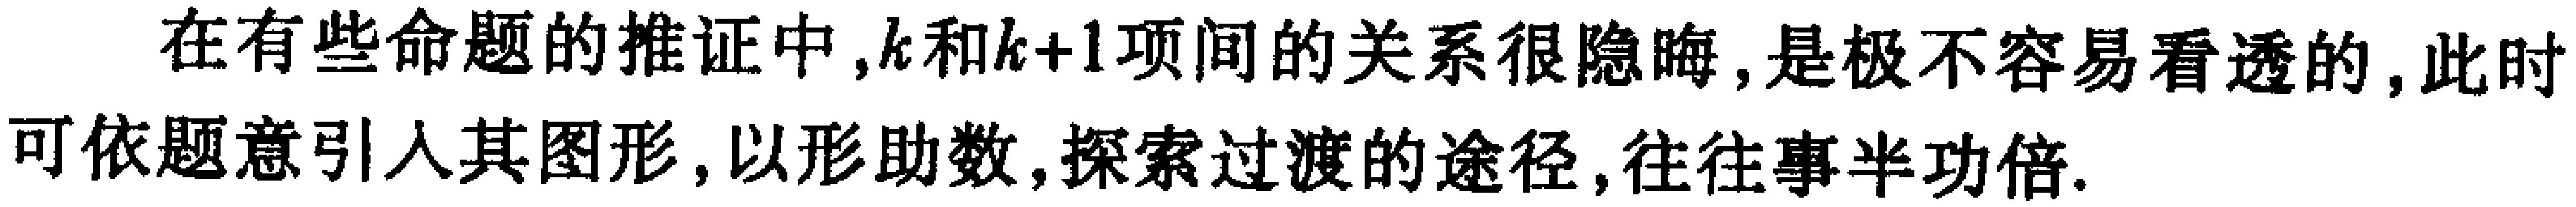
在有些命题的推证中,$k$和$k + 1$项间的关系很隐晦, 是极不容易看透的, 此时可依题意引入其图形, 以形助数,探索过渡的途径,往往事半功倍.